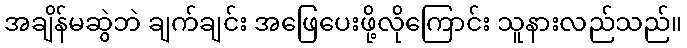
အချိန်မဆွဲဘဲ ချက်ချင်း အဖြေပေးဖို့လိုကြောင်း သူနားလည်သည်။